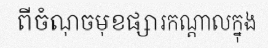
ពីចំណុចមុខផ្សារកណ្តាលក្នុង